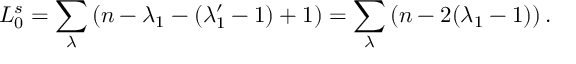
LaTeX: L _ { 0 } ^ { s } = \sum _ { \lambda } \left( n - \lambda _ { 1 } - ( \lambda _ { 1 } ^ { \prime } - 1 ) + 1 \right) = \sum _ { \lambda } \left( n - 2 ( \lambda _ { 1 } - 1 ) \right) { } .